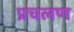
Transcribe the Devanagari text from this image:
प्रचलण